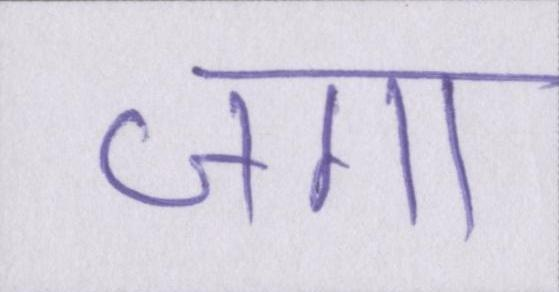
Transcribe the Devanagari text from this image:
जगा